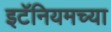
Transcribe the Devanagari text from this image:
इटॅनियमच्या